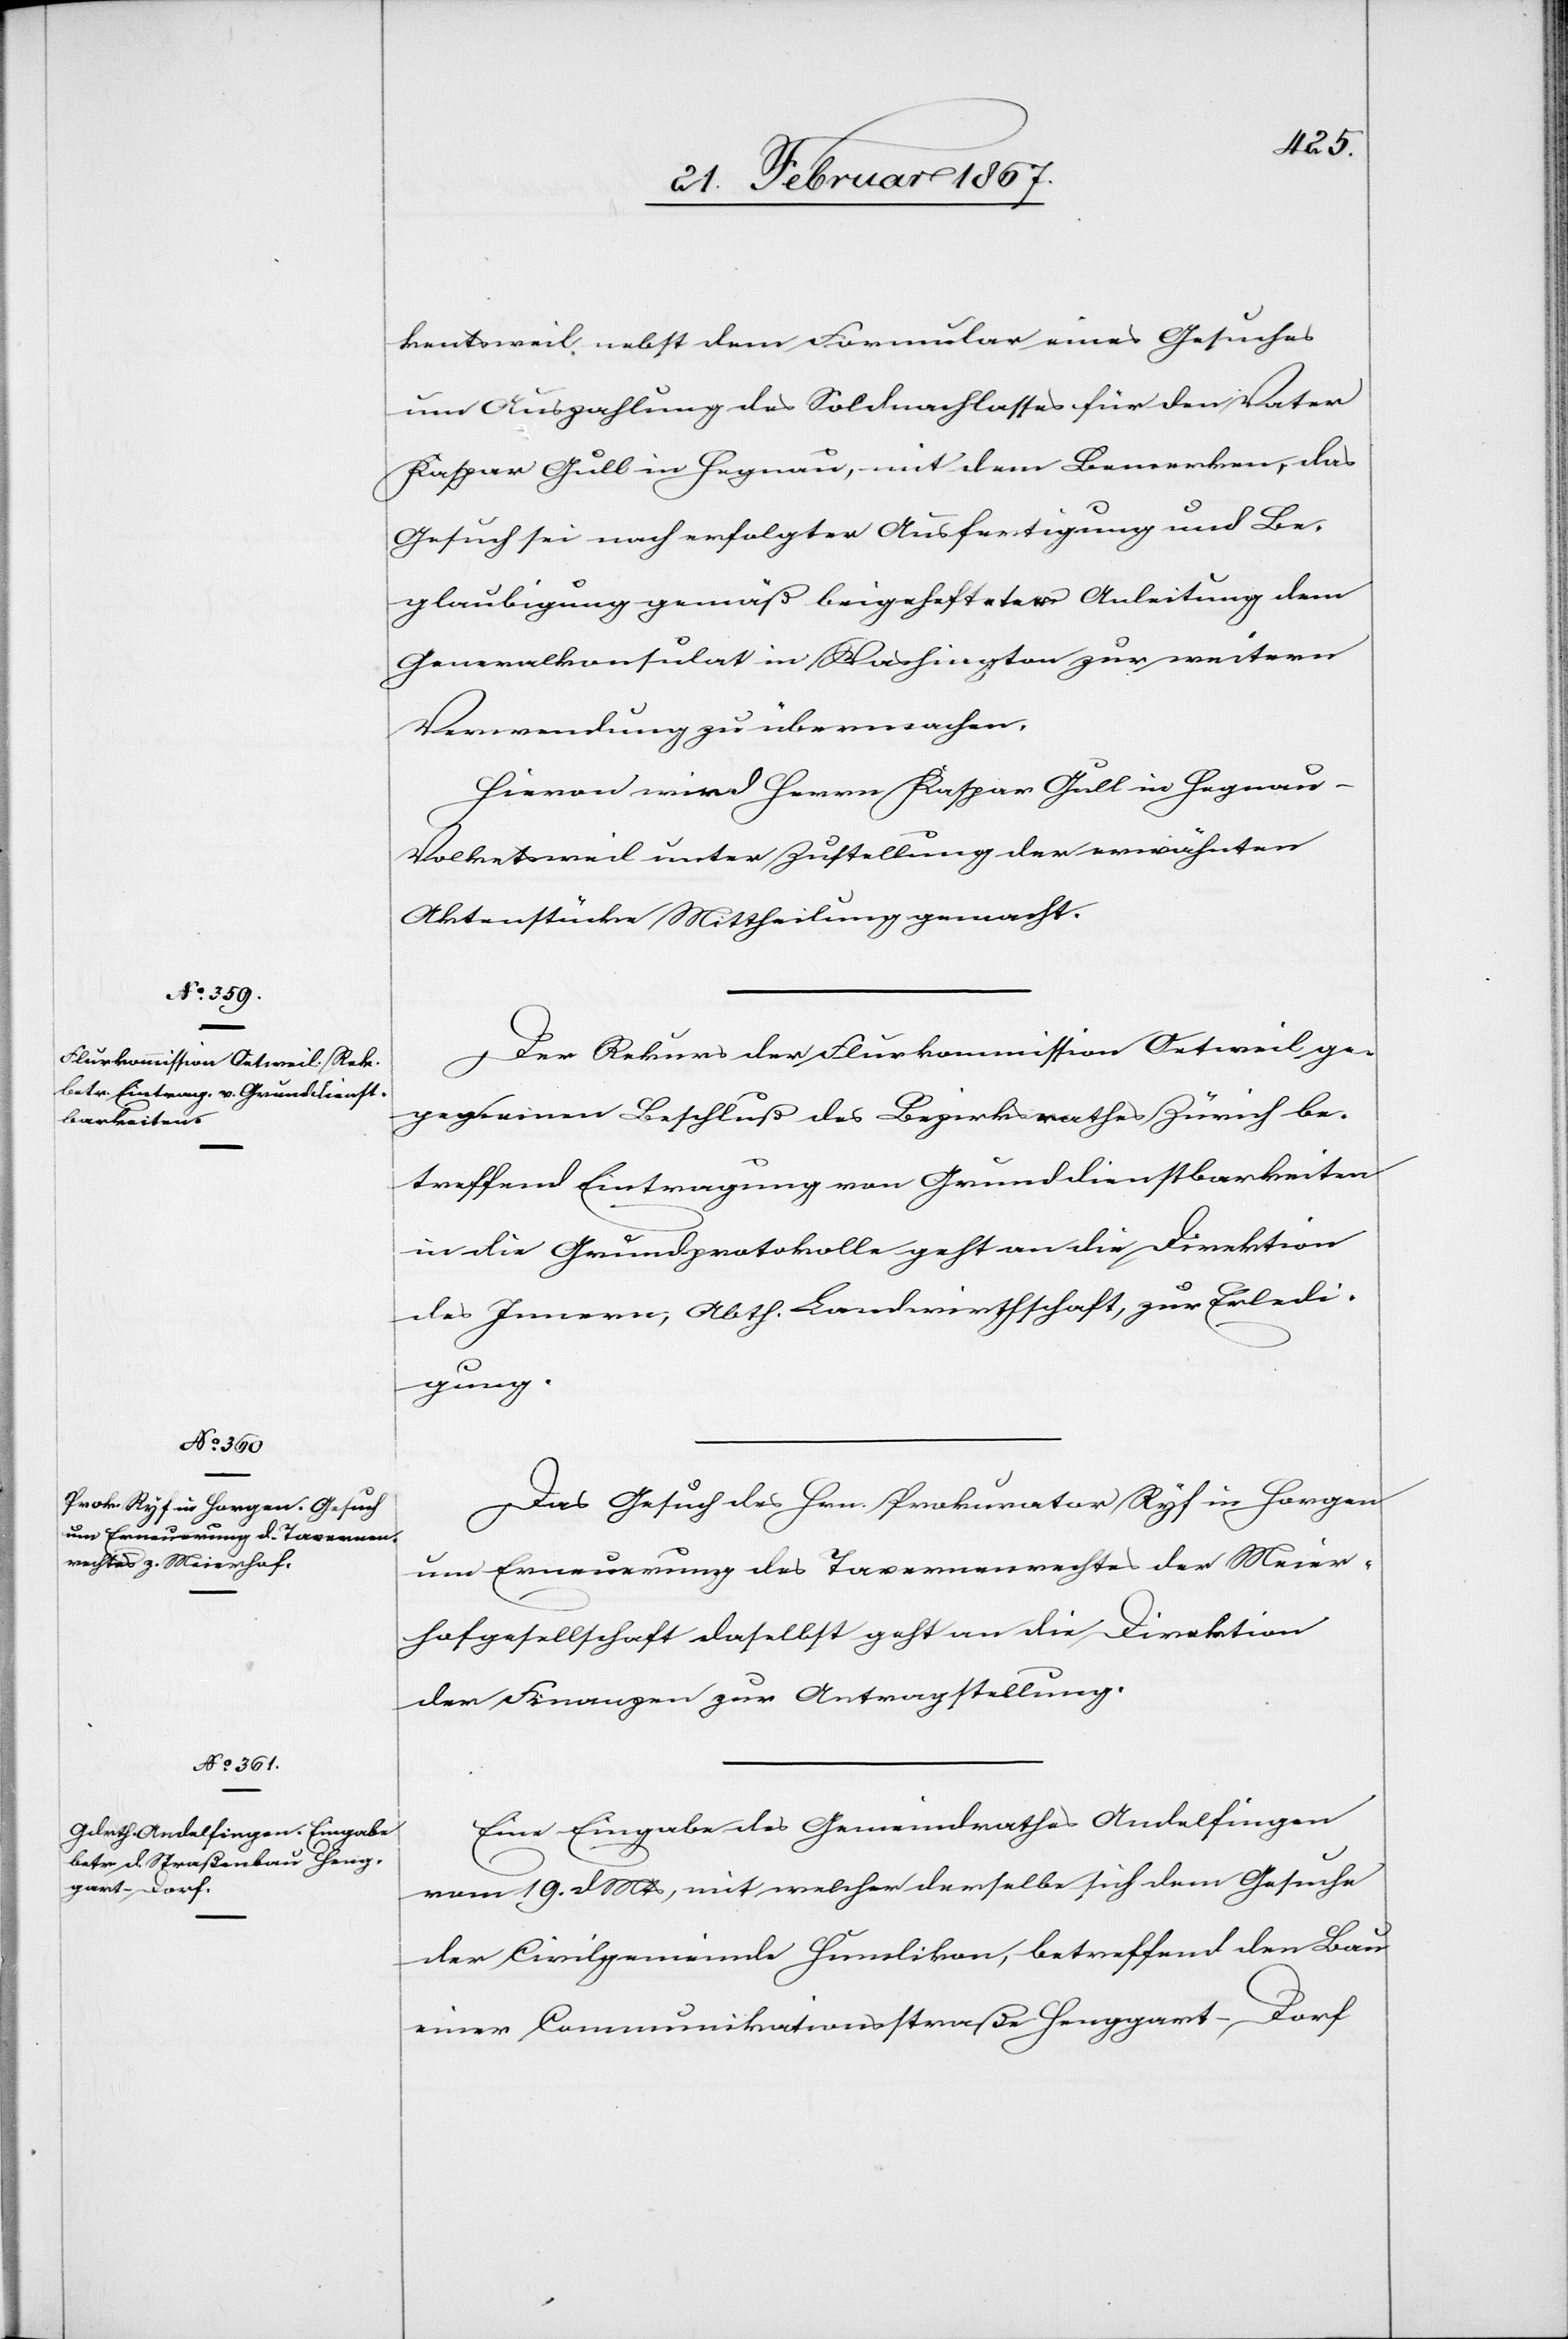
22. Februar 1867.]
kentsweil nebst dem Formular eines Gesuches
um Auszahlung des Soldnachlasses für den Vater
Kaspar Gull in Hegnau, mit dem Bemerken, das
Gesuch sei nach erfolgter Ausfertigung und Be¬
glaubigung gemäß beigehefteter Anleitung dem
Generalkonsulat in Washington zur weitern
Verwendung zu übermachen.
Hievon wird Herrn Kaspar Gull in Hegnau-V¬
olketsweil unter Zustellung der erwähnten
Aktenstücke Mittheilung gemacht.
Der Rekurs der Flurkommission Oetweil ge¬
gen einen Beschluß des Bezirksrathes Zürich be¬
treffend Eintragung von Grunddienstbarkeiten
in die Grundprotokolle geht an die Direktion
des Innern, Abth. Landwirthschaft, zur Erledi¬
gung.
Das Gesuch des Hrn. Prokurator Ryf in Horgen
um Erneuerung des Tavernenrechtes der Meier¬
hofgesellschaft daselbst geht an die Direktion
der Finanzen zur Antragstellung.
Eine Eingabe des Gemeindrathes Andelfingen
vom 19. d Mts, mit welcher derselbe sich dem Gesuche
der Civilgemeinde Humlikon, betreffend den Bau
einer Communikationsstraße Henggart-Dorf